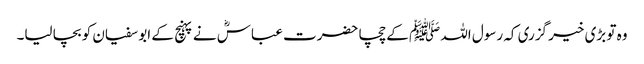
وہ تو بڑی خیر گزری کہ رسول اللہ ﷺ کے چچا حضرت عباسؓ نے پہنچ کے ابو سفیان کو بچا لیا۔